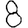
Digit: 8